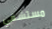
مستشفي